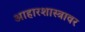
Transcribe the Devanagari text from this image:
आहारशास्त्रावर